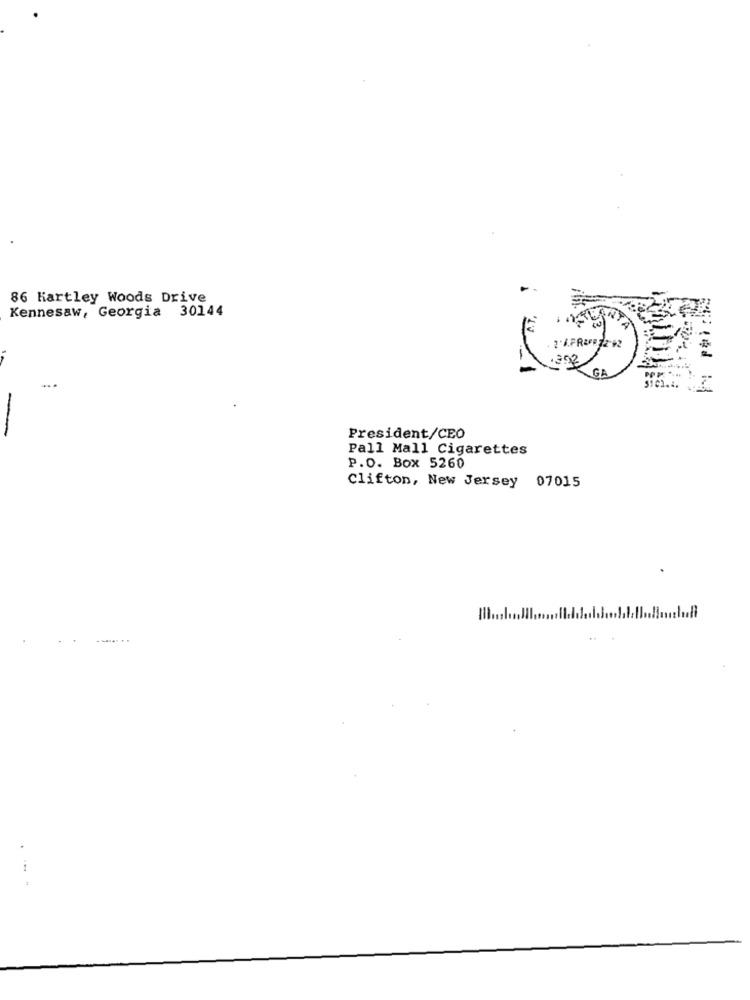
86 Hartley Woods Drive
Kennesaw, Georgia 30144
GA
-
President/CEO
Pall Mall Cigarettes
P.O. Box 5260
Clifton, New Jersey 07015
.